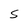
Character: S